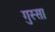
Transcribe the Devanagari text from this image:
गुस्‍सा